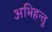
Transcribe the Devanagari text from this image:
अभिहन्तु